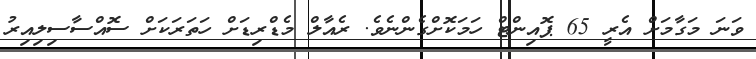
ވަނަ މަގާމަށް އެރީ 65 ޕޮއިންޓް ހަމަކޮށްގެންނެވެ. ރެއާލް މެޑްރިޑަށް ހަތަރަކަށް ސޮއްސާސިލިއިރު